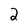
Character: 2